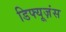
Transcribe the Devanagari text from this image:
डिफ्यूज़ंस